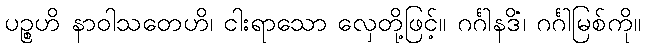
ပဉ္စဟိ နာဝါသတေဟိ၊ ငါးရာသော လှေတို့ဖြင့်။ ဂင်္ဂါနဒိံ၊ ဂင်္ဂါမြစ်ကို။